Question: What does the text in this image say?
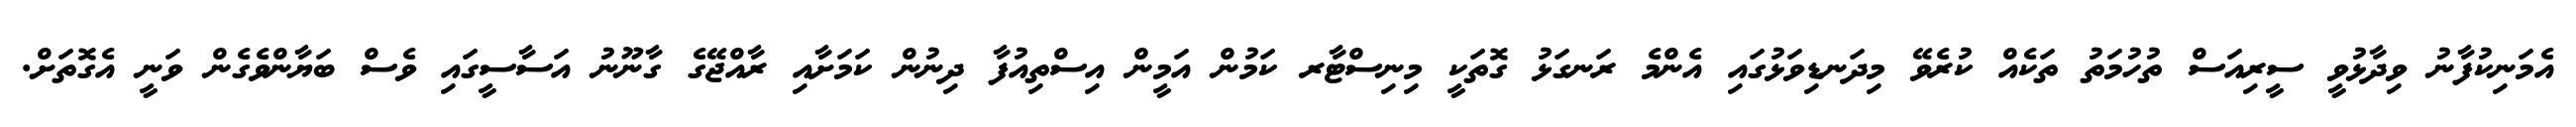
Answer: އެމަނިކުފާނު ވިދާޅުވީ ސީރިއަސް ތުހުމަތު ތަކެއް ކުރެވޭ މިދަނޑިވަޅުގައި އެންމެ ރަނގަޅު ގޮތަކީ މިނިސްޓާރ ކަމުން އަމީން އިސްތިއުފާ ދިނުން ކަމަށާއި ރާއްޖޭގެ ގާނޫނު އަސާސީގައި ވެސް ބަޔާންވެގެން ވަނީ އެގޮތަށް.